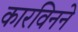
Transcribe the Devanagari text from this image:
कारविनने